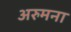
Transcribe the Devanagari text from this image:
अरुमना